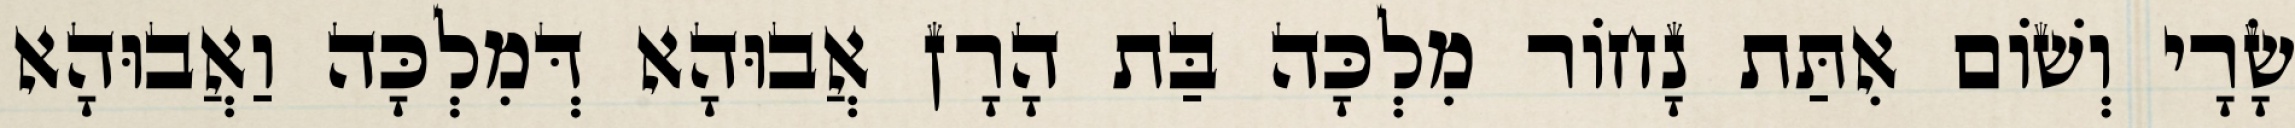
שָׂרָי וְשׁוֹם אִתַּת נָחוֹר מִלְכָּה בַּת הָרָן אֲבוּהָא דְּמִלְכָּה וַאֲבוּהָא